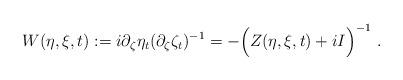
LaTeX: \begin{align*}W(\eta,\xi,t):=i\partial_\zeta\eta_t(\partial_\zeta\zeta_t)^{-1}=-\Big(Z(\eta,\xi,t)+iI\Big)^{-1} \ .\end{align*}